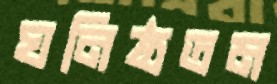
ঘনিষ্ঠতম